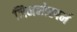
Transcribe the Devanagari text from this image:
जिमनोस्पर्म